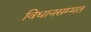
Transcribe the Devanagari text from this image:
विधानसम्मत